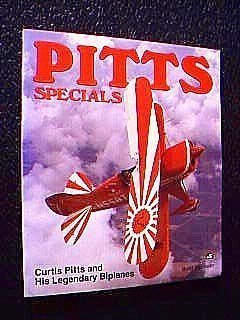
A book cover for Pitts Specials: Curtis Pitts and His Legendary Biplanes; Budd Davisson; Sports & Outdoors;